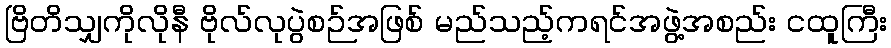
ဗြိတိသျှကိုလိုနီ ဗိုလ်လုပွဲစဉ်အဖြစ် မည်သည့်ကရင်အဖွဲ့အစည်း ငထူကြီး